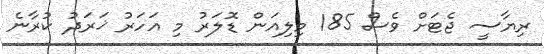
ރިޔާސީ ޖެޓަށް ވެސް 185 މިލިއަން ޑޮލަރު މި އަހަރު ޚަރަދު ކުރާނެ